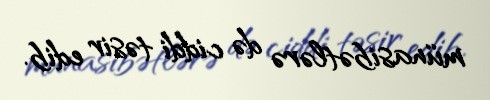
münasibətlərə də ciddi təsir edib.